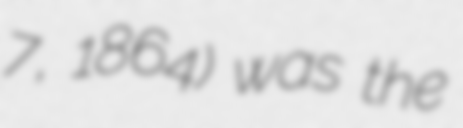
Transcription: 7, 1864) was the